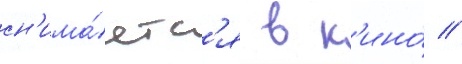
сн'има́етс'я в к'ино́ //